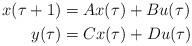
LaTeX: \begin{align*}x(\tau +1)&=Ax(\tau)+Bu(\tau) \\y(\tau)&=Cx(\tau)+Du(\tau)\end{align*}